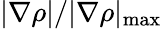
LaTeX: |\nabla\rho|/|\nabla\rho|_{\mathrm{{max}}}